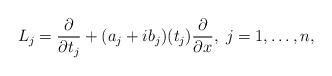
LaTeX: \begin{align*}L_j = \dfrac{\partial}{\partial t_j} + (a_j+ib_j)(t_j)\dfrac{\partial}{\partial x},\;j=1,\ldots,n,\end{align*}